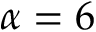
\alpha = 6